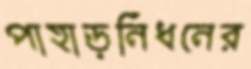
পাহাড়নিধনের